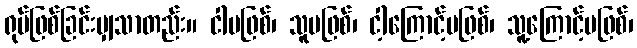
ရုပ်ဖြစ်ခြင်းမျှသာတည်း။ ငါမဖြစ်၊ သူမဖြစ်၊ ငါ့ကြောင့်မဖြစ်၊ သူ့ကြောင့်မဖြစ်၊